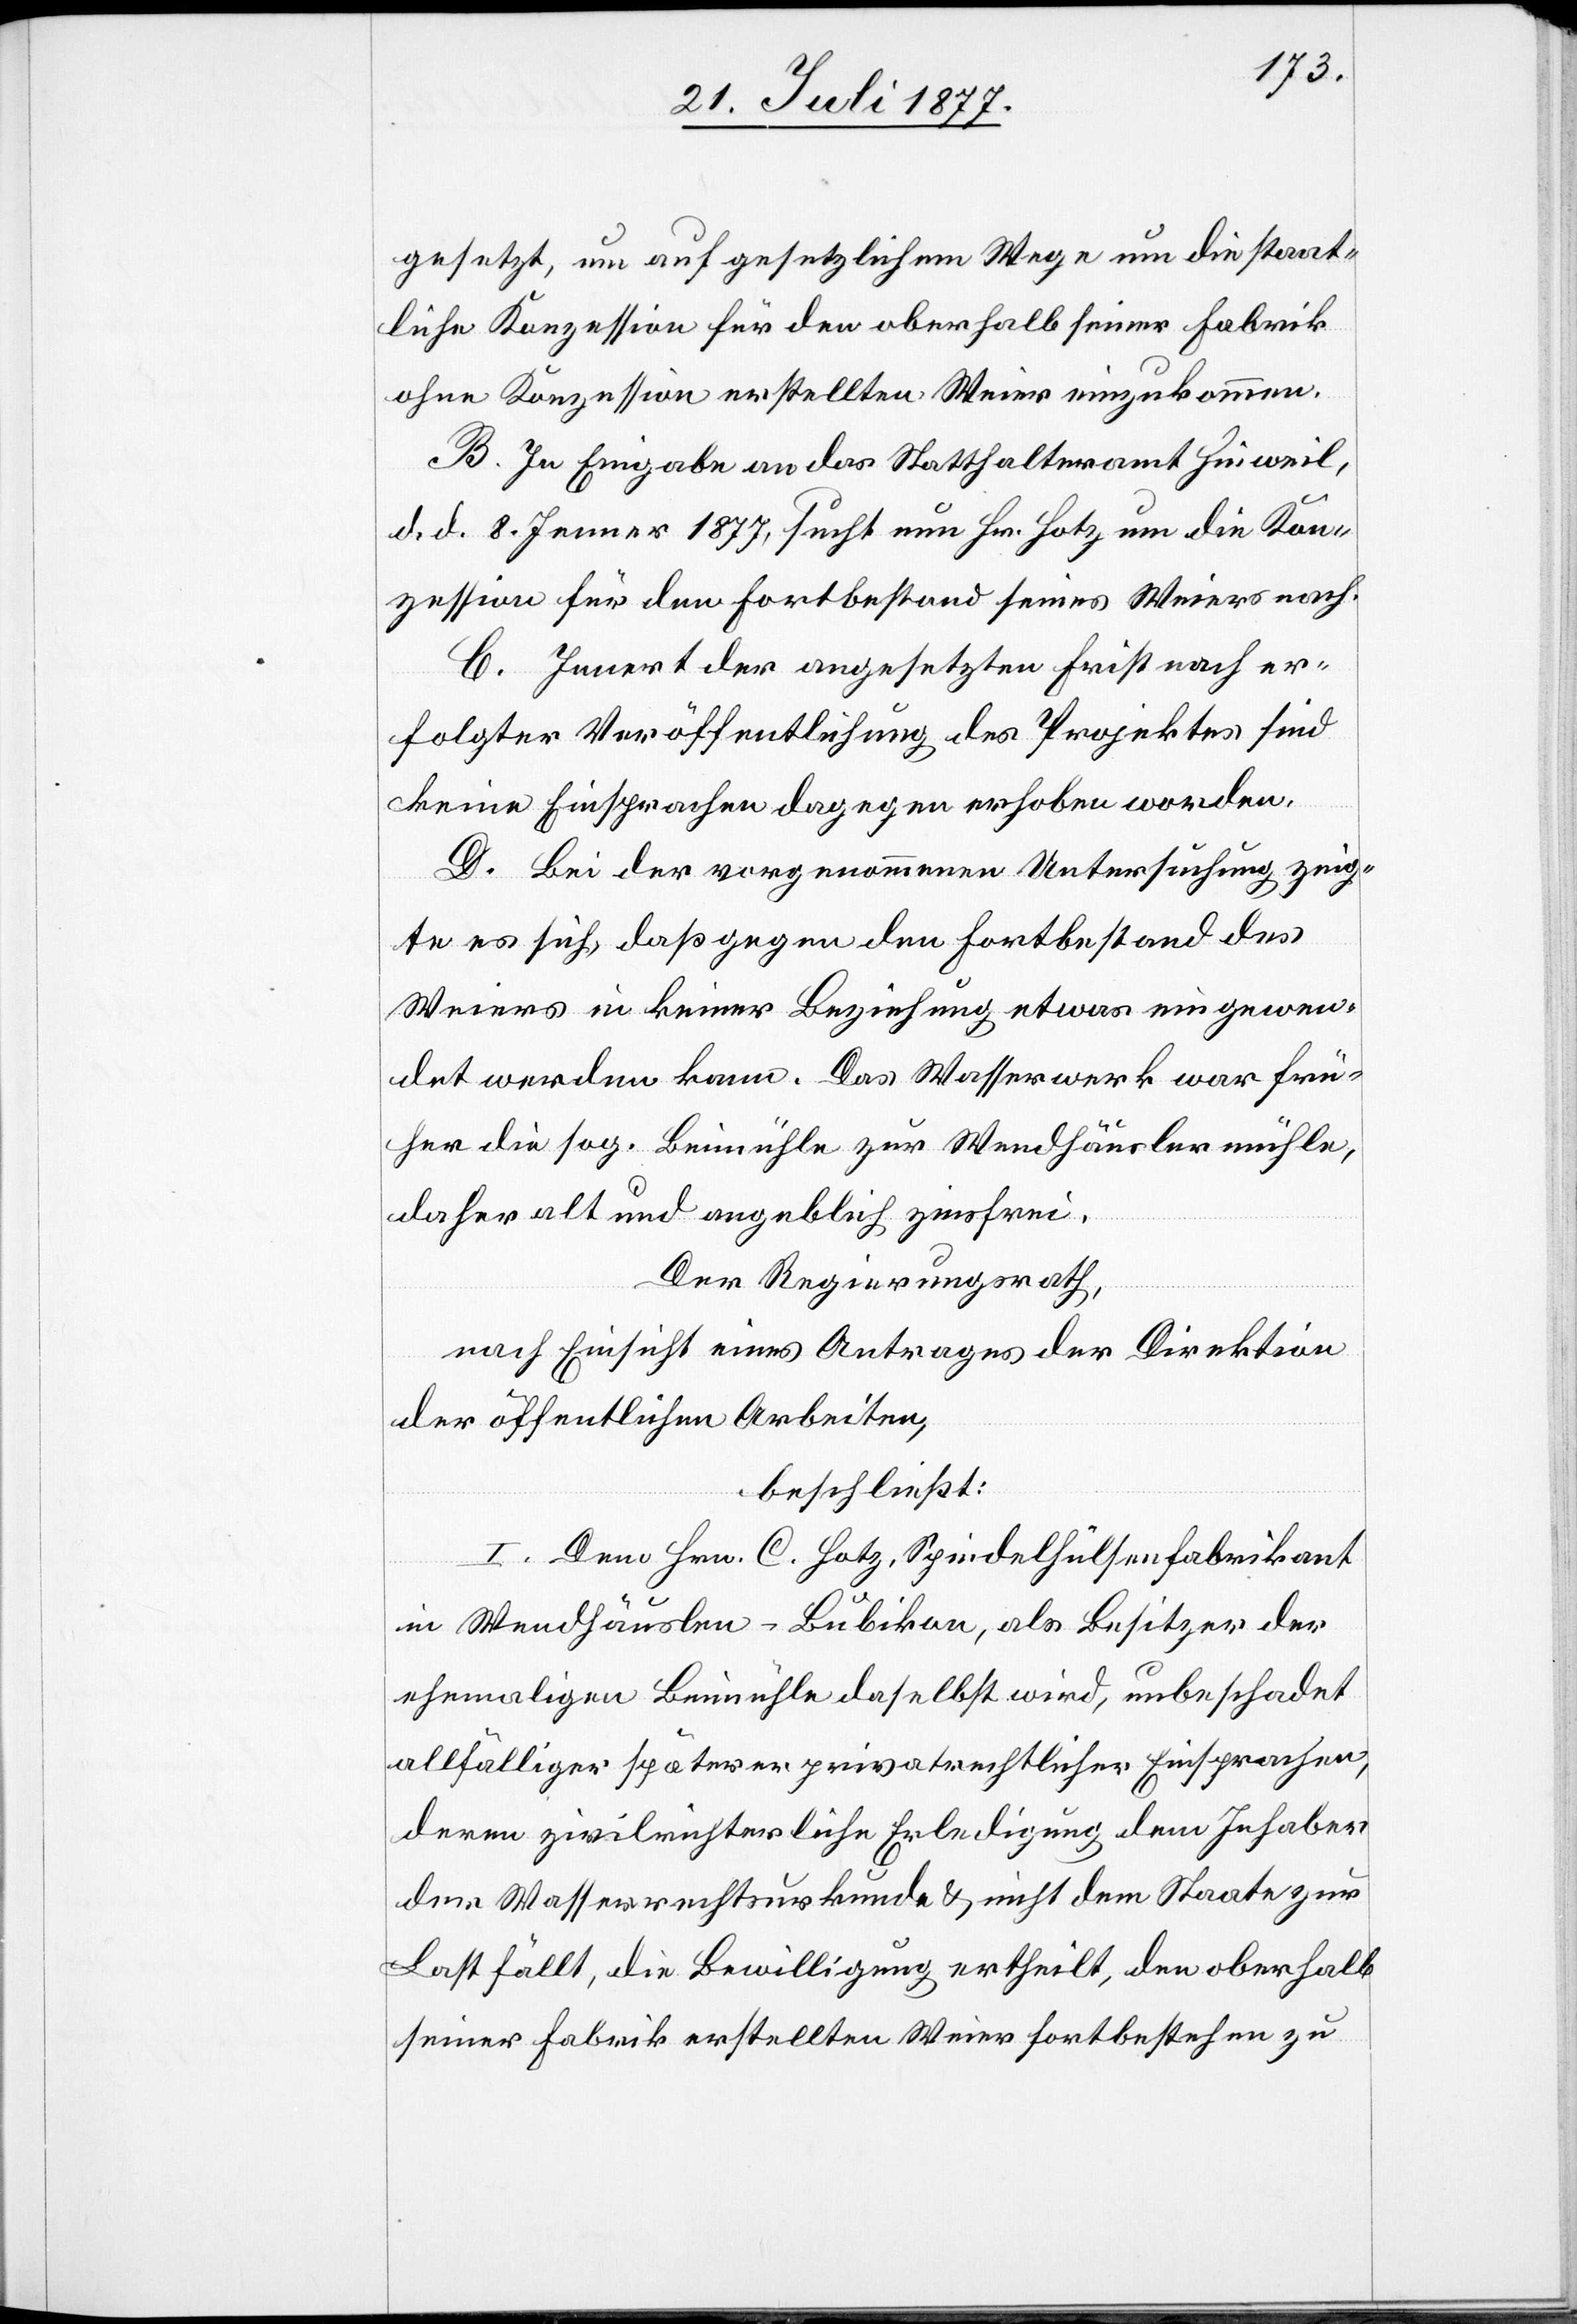
gesetzt, um auf gesetzlichem Wege um die staat¬
liche Konzession für den oberhalb seiner Fabrik
ohne Konzession erstellten Weier einzukommen.
B. In Eingabe an das Statthalteramt Hinweil,
d. d. 8. Jenner 1877, sucht nun Hr. Hotz um die Kon¬
zession für den Fortbestand seines Weiers nach.
C. Innert der angesetzten Frist nach er¬
folgter Veröffentlichung des Projektes sind
keine Einsprachen dagegen erhoben worden.
D. Bei der vorgenommenen Untersuchung zeig¬
te es sich, daß gegen den Fortbestand des
Weiers in keiner Beziehung etwas eingewen¬
det werden kann. Das Wasserwerk war frü¬
her die sog. Beimühle zur Wendhäuslermühle,
daher alt und angeblich zinsfrei.
Der Regierungsrath,
nach Einsicht eines Antrages der Direktion
der öffentlichen Arbeiten,
beschließt:
I. Dem Hrn. C. Hotz, Spindelhülsenfabrikant
in Wendhäuslen - Bubikon, als Besitzer der
ehemaligen Beimühle daselbst wird, unbeschadet
allfälliger späterer privatrechtlicher Einsprachen,
deren zivilrichterliche Erledigung dem Inhaber
der Wasserrechtsurkunde & nicht dem Staate zur
Last fällt, die Bewilligung ertheilt, den oberhalb
seiner Fabrik erstellten Weier fortbestehen zu